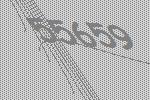
55659